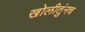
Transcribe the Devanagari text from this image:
खोलीतुंनच